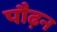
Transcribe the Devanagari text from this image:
पौढ़न